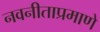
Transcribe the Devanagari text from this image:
नवनीताप्रमाणे